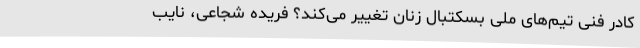
کادر فنی تیم‌های ملی بسکتبال زنان تغییر می‌کند؟ فریده شجاعی، نایب